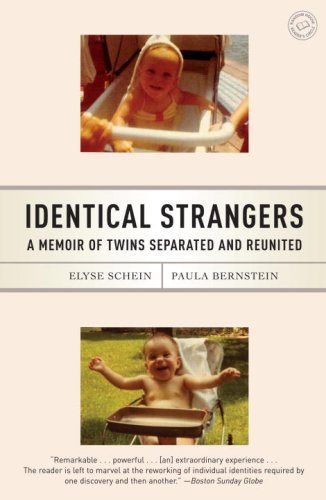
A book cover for Identical Strangers: A Memoir of Twins Separated and Reunited; Elyse Schein; Biographies & Memoirs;